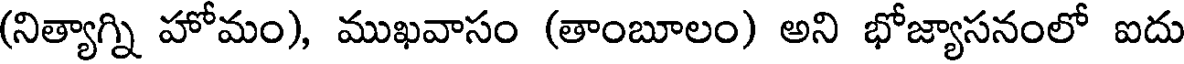
(నిత్యాగ్ని హోమం), ముఖవాసం (తాంబూలం) అని భోజ్యాసనంలో ఐదు